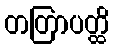
တတြာပတ္ထိ